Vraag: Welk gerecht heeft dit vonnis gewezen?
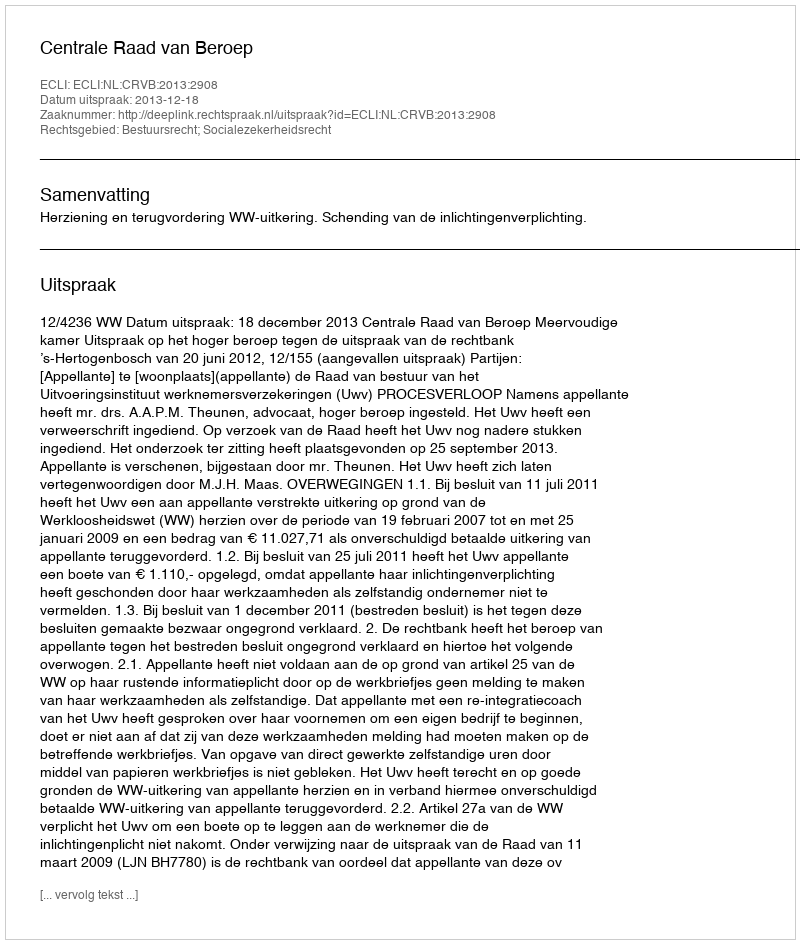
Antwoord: Centrale Raad van Beroep